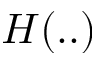
H ( . . )